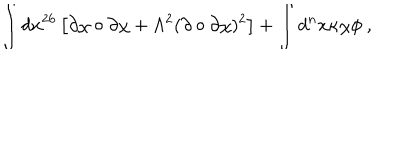
\int d x ^ { 2 6 } \left[ \partial \chi \circ \partial \chi + \Lambda ^ { 2 } ( \partial \circ \partial \chi ) ^ { 2 } \right] + \int d ^ { n } x \kappa \chi \phi ~ ,